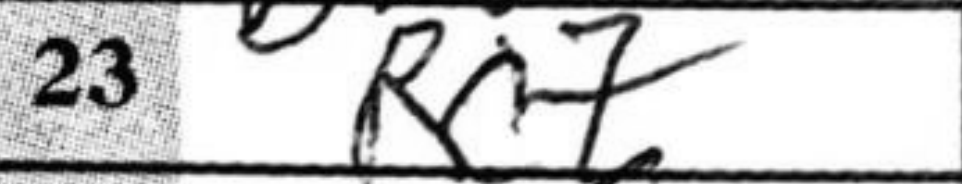
Transcription: Rc7